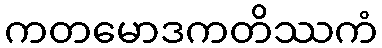
ကတမောဒကတိဿကံ